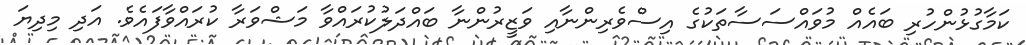
ކަމާގުޅުންހުރި ބައެއް މުވައްސަސާތަކުގެ އިސްވެރިންނާއި ވަޒީރުންނާ ބައްދަލުކުރައްވާ މަޝްވަރާ ކުރައްވާފައެވެ. އަދި މިދިޔަ